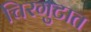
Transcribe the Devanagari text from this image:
चिरगुटात